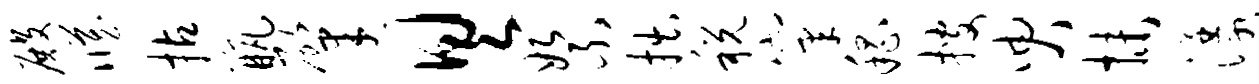
殿臧拈瓶肇具絮拙税窠嵇搜臾抹漾